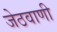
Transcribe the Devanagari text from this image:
जेठवाणी